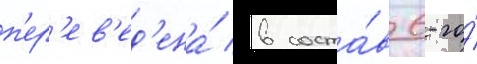
п'ер'ев'ед'ена́ в соста́в 6-го́